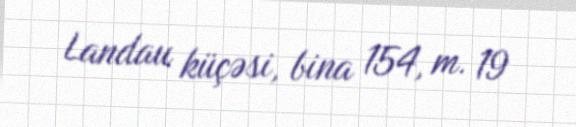
Landau küçəsi, bina 154, m. 19